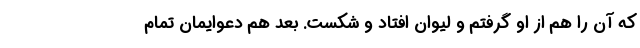
که آن را هم از او گرفتم و لیوان افتاد و شکست. بعد هم دعوایمان تمام